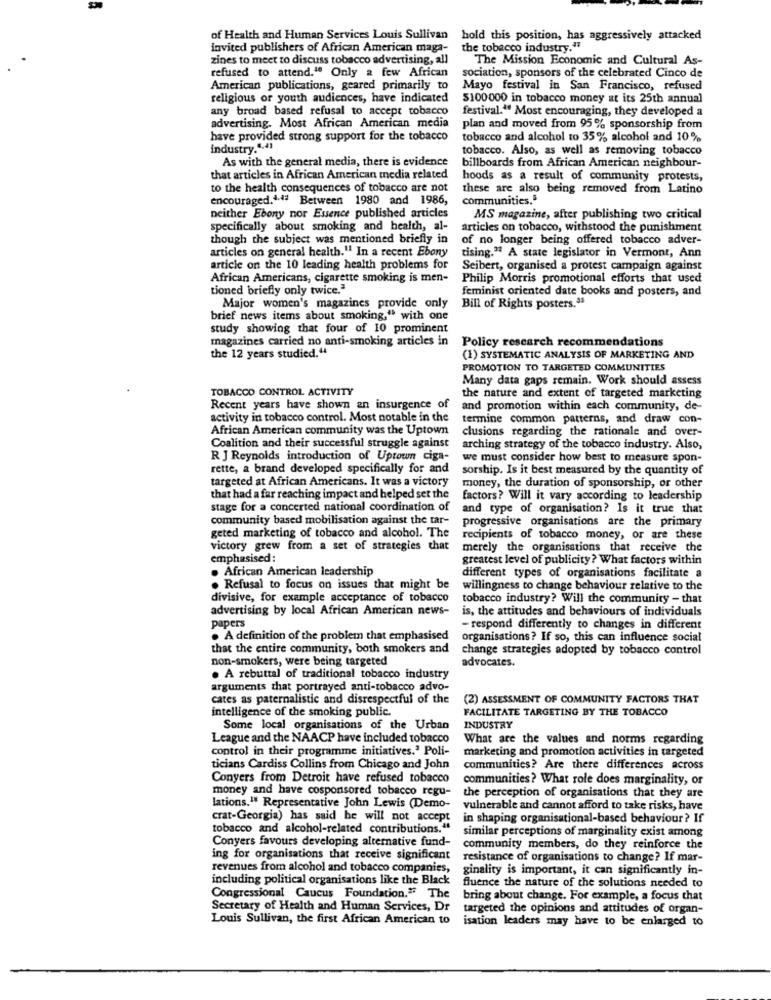
of Health and Human Services Louis Sullivan
hold this position, has aggressively attacked
invited publishers of African American maga-
the tobacco industry."
zines to meet to discuss tobacco advertising, all
The Mission Economic and Cultural As-
refused to attend." Only a few African
sociation, sponsors of the celebrated Cinco de
American publications, geared primarily to
Mayo festival in San Francisco, refused
religious or youth audiences, have indicated
$100000 in tobacco money at its 25th annual
any broad based refusal to accept tobacco
festival." Most encouraging, they developed a
advertising. Most African American media
plan and moved from 95% sponsorship from
have provided strong support for the tobacco
tobacco and alcohol to 35% alcohol and 10%
industry.".41
tobacco. Also, as well as removing tobacco
As with the general media, there is evidence
billboards from African American neighbour-
that articles in African American media related
hoods as a result of community protests,
to the health consequences of tobacco are not
these are also being removed from Latino
encouraged.1.4ª Between 1980 and 1986,
communities."
neither Ebony nor Essence published articles
MS magazine, after publishing two critical
specifically about smoking and health, al-
articles on tobacco, withstood the punishment
though the subject was mentioned briefly in
of no longer being offered tobacco adver-
articles on general health." In a recent Ebony
tising." A state legislator in Vermont, Ann
article on the 10 leading health problems for
Seibert, organised a protest campaign against
African Americans, cigarette smoking is men-
Philip Morris promotional efforts that used
tioned briefly only twice."
feminist oriented date books and posters, and
Major women's magazines provide only
Bill of Rights posters.93
brief news items about smoking," with one
study showing that four of 10 prominent
magazines carried no anti-smoking articles in
Policy research recommendations
the 12 years studied.44
(1) SYSTEMATIC ANALYSIS OF MARKETING AND
PROMOTION TO TARGETED COMMUNITIES
Many data gaps remain. Work should assess
TOBACCO CONTROL ACTIVITY
the nature and extent of targeted marketing
Recent years have shown an insurgence of
and promotion within each community, de-
activity in tobacco control. Most notable in the
termine common patterns, and draw con-
African American community was the Uptown
clusions regarding the rationale and over-
Coalition and their successful struggle against
arching strategy of the tobacco industry. Also,
R J Reynolds introduction of Uptown ciga-
we must consider how best to measure spon-
rette, a brand developed specifically for and
sorship. Is it best measured by the quantity of
targeted at African Americans. It was a victory
money, the duration of sponsorship, or other
that had a far reaching impact and helped set the
factors? Will it vary according to leadership
stage for a concerted national coordination of
and type of organisation? Is it true that
community based mobilisation against the tar-
progressive organisations are the primary
geted marketing of tobacco and alcohol. The
recipients of tobacco money, or are these
victory grew from a set of strategies that
merely the organisations that receive the
emphasised:
greatest level of publicity? What factors within
. African American leadership
different types of organisations facilitate a
. Refusal to focus on issues that might be
willingness to change behaviour relative to the
divisive, for example acceptance of tobacco
tobacco industry? Will the community - that
advertising by local African American news-
is, the attitudes and behaviours of individuals
papers
- respond differently to changes in different
. A definition of the problem that emphasised
organisations? If so, this can influence social
that the entire community, both smokers and
change strategies adopted by tobacco control
non-smokers, were being targeted
advocates.
. A rebuttal of traditional tobacco industry
arguments that portrayed anti-tobacco advo-
cates as paternalistic and disrespectful of the
(2) ASSESSMENT OF COMMUNITY FACTORS THAT
intelligence of the smoking public.
FACILITATE TARGETING BY THE TOBACCO
Some local organisations of the Urban
INDUSTRY
League and the NAACP have included tobacco
What are the values and norms regarding
control in their programme initiatives." Poli-
marketing and promotion activities in targeted
ticians Cardiss Collins from Chicago and John
communities? Are there differences across
Conyers from Detroit have refused tobacco
communities? What role does marginality, or
money and have cosponsored tobacco regu-
the perception of organisations that they are
lations." Representative John Lewis (Demo-
vulnerable and cannot afford to take risks, have
crat-Georgia) has said he will not accept
in shaping organisational-based behaviour? If
tobacco and alcohol-related contributions."
similar perceptions of marginality exist among
Conyers favours developing alternative fund-
community members, do they reinforce the
ing for organisations that receive significant
resistance of organisations to change? If mar-
revenues from alcohol and tobacco companies,
ginality is important, it can significantly in-
including political organisations like the Black
fluence the nature of the solutions needed to
Congressional Caucus Foundation." The
bring about change. For example, a focus that
Secretary of Health and Human Services, Dr
targeted the opinions and attitudes of organ-
Louis Sullivan, the first African American to
isation leaders may have to be enlarged to